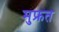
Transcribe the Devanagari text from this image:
मुफ्रत